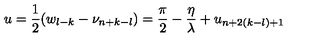
u = \frac { 1 } { 2 } ( w _ { l - k } - \nu _ { n + k - l } ) = \frac { \pi } { 2 } - \frac { \eta } { \lambda } + u _ { n + 2 ( k - l ) + 1 }